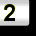
Digit: 2